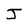
Character: J